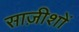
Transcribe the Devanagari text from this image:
साज़ीशों